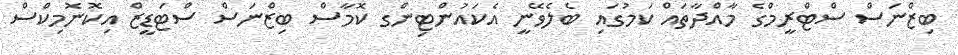
ބިޒްނަސް ސްޓްރީމްގެ މާއްދާތައް ކަމުގައި ބެލެވޭނީ އެކައުންޓިންގ ކޮމާސް ބިޒްނަސް ސްޓަޑީޒް އިކޮނޮމިކްސް